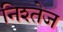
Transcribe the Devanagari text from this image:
निश्तेज